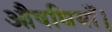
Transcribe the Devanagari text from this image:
औषधियाँ।